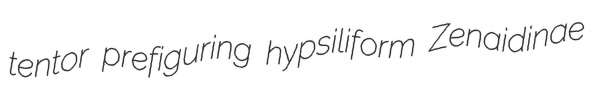
tentor prefiguring hypsiliform Zenaidinae